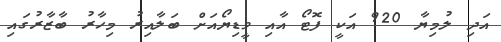
އަދި ލުމިޔާ 920 އަކީ ފޮޓޯ އާއި ވީޑިޔޯއަށް ބަލާއިރު މިހާރު ބާޒާރުގައި